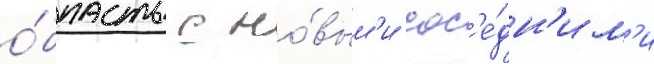
о́бласть с но́вым'и сос'е́дн'им'и